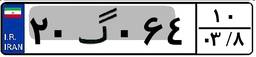
۵۲گ۲۷۳۳۰